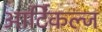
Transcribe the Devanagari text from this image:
आर्टिकल्ज